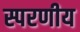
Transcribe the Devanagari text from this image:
स्परणीय